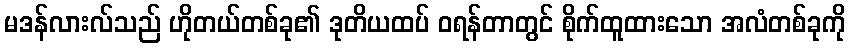
မဒန်လားလ်သည် ဟိုတယ်တစ်ခု၏ ဒုတိယထပ် ဝရန်တာတွင် စိုက်ထူထားသော အလံတစ်ခုကို